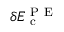
\ensuremath { \delta E _ { \mathrm { ~ c ~ } } ^ { \mathrm { ~ P ~ E ~ } } }